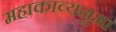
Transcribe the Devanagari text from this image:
महाकाव्यनुमा